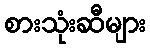
စားသုံးဆီများ